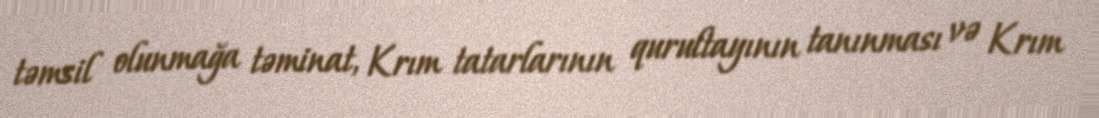
təmsil olunmağa təminat, Krım tatarlarının qurultayının tanınması və Krım